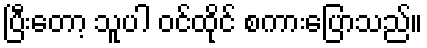
ပြီးတော့ သူပါ ဝင်ထိုင် စကားပြောသည်။